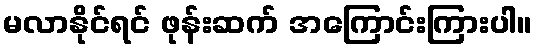
မလာနိုင်ရင် ဖုန်းဆက် အကြောင်းကြားပါ။